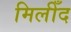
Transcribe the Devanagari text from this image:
मिलीँद